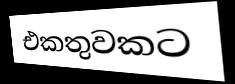
එකතුවකට